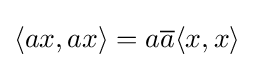
\langle ax,ax\rangle =a{\overline {a}}\langle x,x\rangle